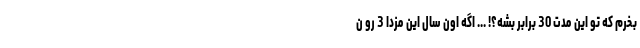
بخرم که تو این مدت 30 برابر بشه؟! ... اگه اون سال این مزدا 3 رو ن